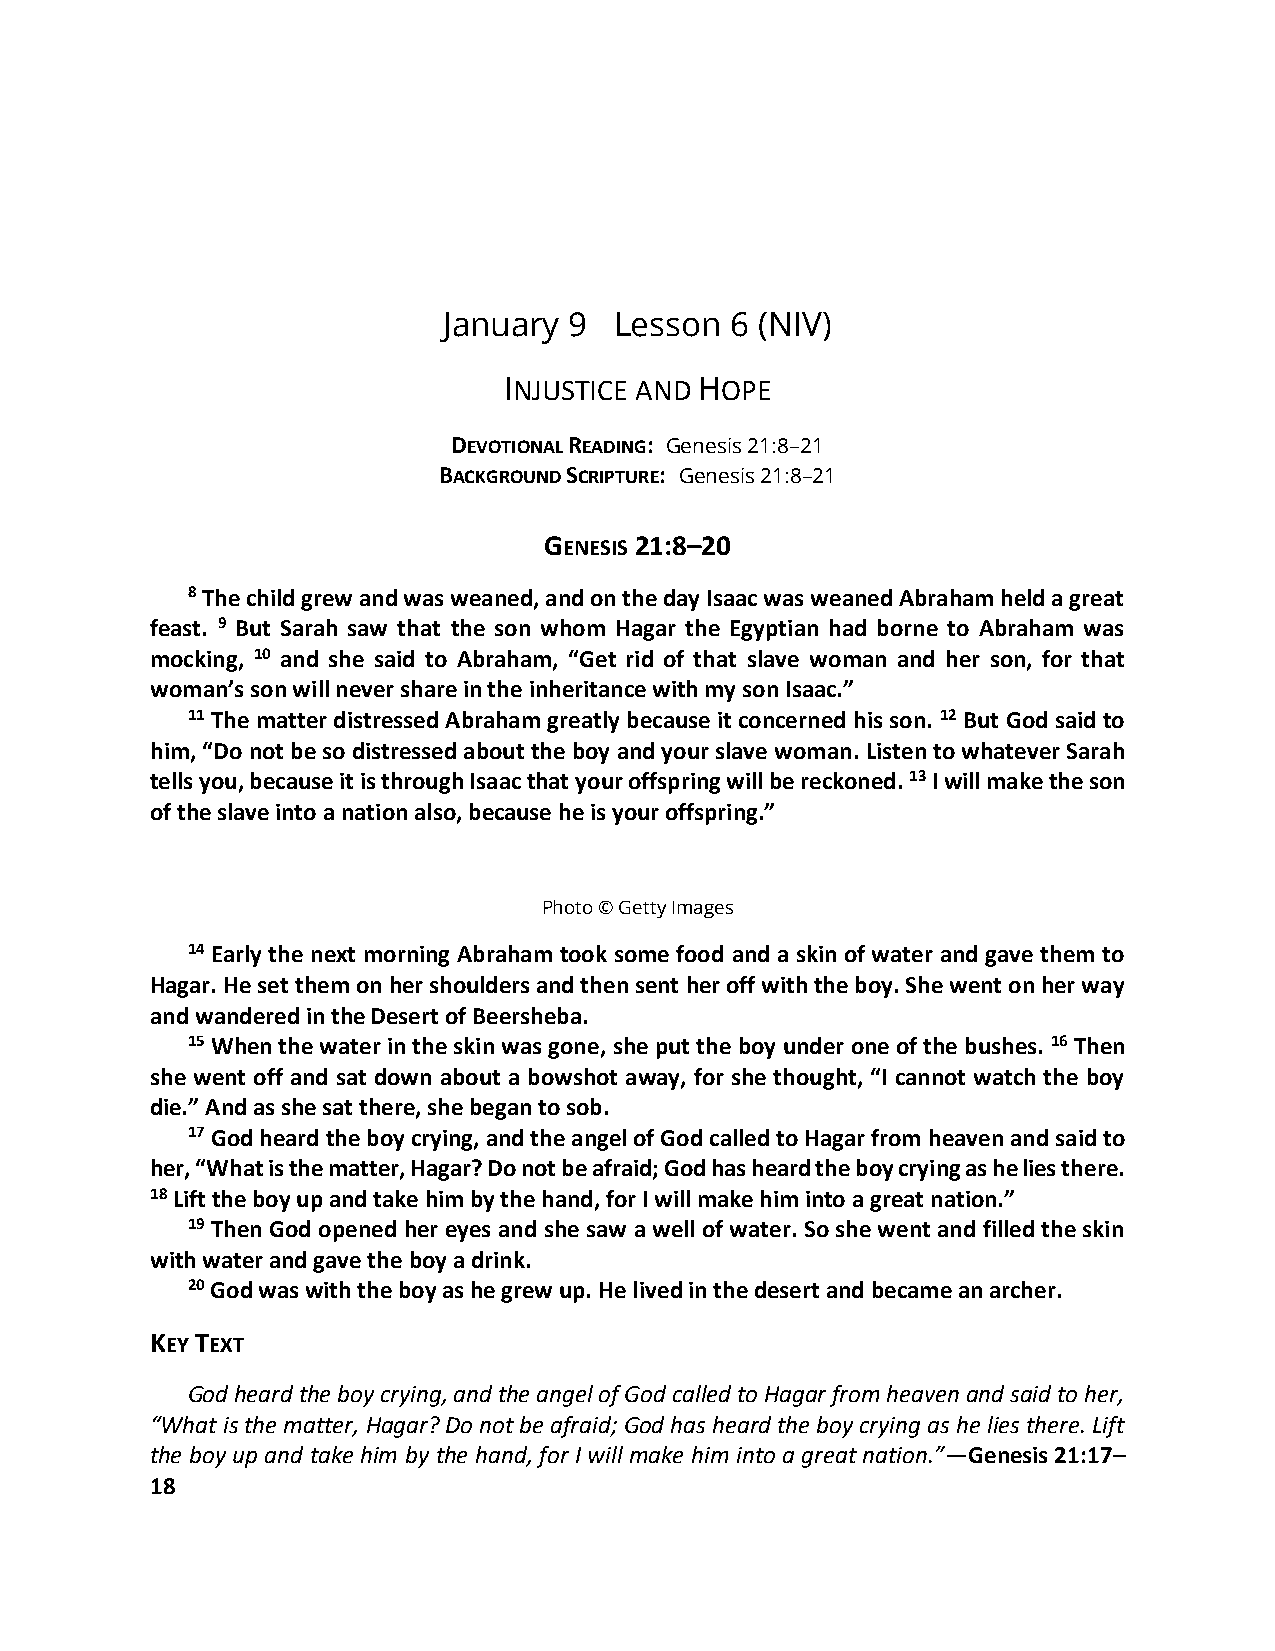
January  9  Lesson 6 (NIV)
 INJUSTICE AND HOPE
 DEVOTIONAL READING: Genesis 21:8–21
 BACKGROUND SCRIPTURE: Genesis 21:8–21
 GENESIS 21:8–20
 8 The child grew and was weaned, and on the day Isaac was weaned Abraham held a great
 feast. 9 But Sarah saw that the son whom Hagar the Egyptian had borne to Abraham was
 mocking, 10 and she said to Abraham, “Get rid of that slave woman and her son, for that
 woman’s son will never share in the inheritance with my son Isaac.”
 11 The matter distressed Abraham greatly because it concerned his son. 12 But God said to
 him, “Do not be so distressed about the boy and your slave woman. Listen to whatever Sarah
 tells you, because it is through Isaac that your offspring will be reckoned. 13 I will make the son
 of the slave into a nation also, because he is your offspring.”
 Photo © Getty Images
 14 Early the next morning Abraham took some food and a skin of water and gave them to
 Hagar. He set them on her shoulders and then sent her off with the boy. She went on her way
 and wandered in the Desert of Beersheba.
 15 When the water in the skin was gone, she put the boy under one of the bushes. 16 Then
 she went off and sat down about a bowshot away, for she thought, “I cannot watch the boy
 die.” And as she sat there, she began to sob.
 17 God heard the boy crying, and the angel of God called to Hagar from heaven and said to
 her, “What is the matter, Hagar? Do not be afraid; God has heard the boy crying as he lies there.
 18 Lift the boy up and take him by the hand, for I will make him into a great nation.”
 19 Then God opened her eyes and she saw a well of water. So she went and filled the skin
 with water and gave the boy a drink.
 20 God was with the boy as he grew up. He lived in the desert and became an archer.
 KEY TEXT
 God heard the boy crying, and the angel of God called to Hagar from heaven and said to her,
 “What is the matter, Hagar? Do not be afraid; God has heard the boy crying as he lies there. Lift
 the boy up and take him by the hand, for I will make him into a great nation.”—Genesis 21:17–
 18